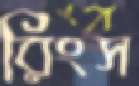
রিংস